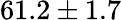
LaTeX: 61.2\pm{1.7}